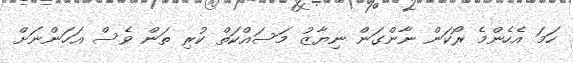
ހަމަ އެހެންމެ ރޯކަން ނާންގަން ނިޔާޒު މަސައްކަތް ކުރި ތަން ވެސް އަހަންނަށް